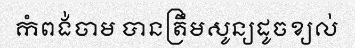
កំពង់ចាម បានត្រឹមសូន្យដូចខ្យល់